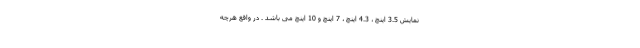
نمایش 3.5 اینچ ، 4.3 اینچ ، 7 اینچ و 10 اینچ می باشد . در واقع هرچه